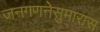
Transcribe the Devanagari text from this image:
जनगणनेसुमारास